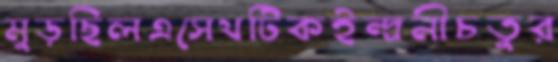
মুড়ছিলএসেথটিকইন্দ্রনীচতুর